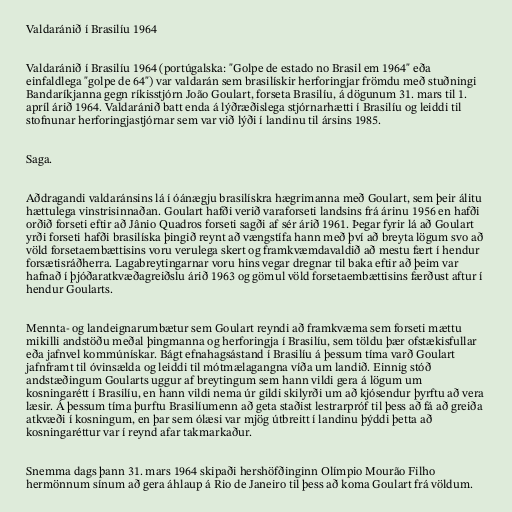
Valdaránið í Brasilíu 1964

Valdaránið í Brasilíu 1964 (portúgalska: "Golpe de estado no Brasil em 1964" eða
einfaldlega "golpe de 64") var valdarán sem brasilískir herforingjar frömdu með stuðningi
Bandaríkjanna gegn ríkisstjórn João Goulart, forseta Brasilíu, á dögunum 31. mars til 1.
apríl árið 1964. Valdaránið batt enda á lýðræðislega stjórnarhætti í Brasilíu og leiddi til
stofnunar herforingjastjórnar sem var við lýði í landinu til ársins 1985.

Saga.

Aðdragandi valdaránsins lá í óánægju brasilískra hægrimanna með Goulart, sem þeir álitu
hættulega vinstrisinnaðan. Goulart hafði verið varaforseti landsins frá árinu 1956 en hafði
orðið forseti eftir að Jânio Quadros forseti sagði af sér árið 1961. Þegar fyrir lá að Goulart
yrði forseti hafði brasilíska þingið reynt að vængstífa hann með því að breyta lögum svo að
völd forsetaembættisins voru verulega skert og framkvæmdavaldið að mestu fært í hendur
forsætisráðherra. Lagabreytingarnar voru hins vegar dregnar til baka eftir að þeim var
hafnað í þjóðaratkvæðagreiðslu árið 1963 og gömul völd forsetaembættisins færðust aftur í
hendur Goularts.

Mennta- og landeignarumbætur sem Goulart reyndi að framkvæma sem forseti mættu
mikilli andstöðu meðal þingmanna og herforingja í Brasilíu, sem töldu þær ofstækisfullar
eða jafnvel kommúnískar. Bágt efnahagsástand í Brasilíu á þessum tíma varð Goulart
jafnframt til óvinsælda og leiddi til mótmælagangna víða um landið. Einnig stóð
andstæðingum Goularts uggur af breytingum sem hann vildi gera á lögum um
kosningarétt í Brasilíu, en hann vildi nema úr gildi skilyrði um að kjósendur þyrftu að vera
læsir. Á þessum tíma þurftu Brasilíumenn að geta staðist lestrarpróf til þess að fá að greiða
atkvæði í kosningum, en þar sem ólæsi var mjög útbreitt í landinu þýddi þetta að
kosningaréttur var í reynd afar takmarkaður.

Snemma dags þann 31. mars 1964 skipaði hershöfðinginn Olímpio Mourão Filho
hermönnum sínum að gera áhlaup á Rio de Janeiro til þess að koma Goulart frá völdum.